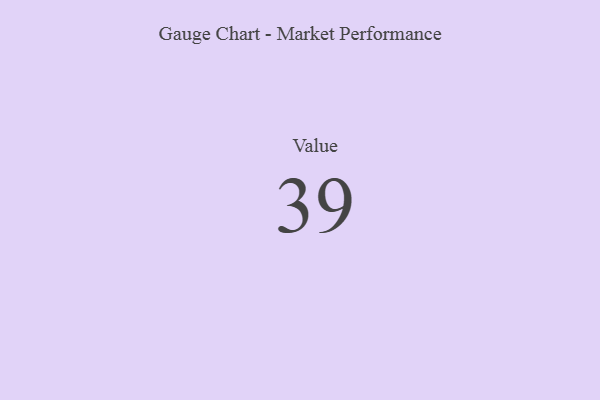
{"axis": {"x": "Metric", "y": "Value"}, "legend": [""], "data": [{"x": "Value", "y": 39, "type": ""}]}